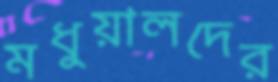
মধুয়ালদের